Document type: Recognition
Year: 1250
Scribe: Pere Marquès
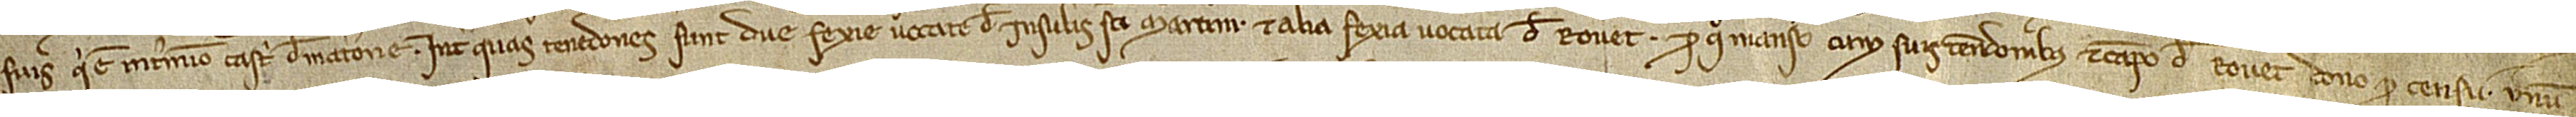
suis, qui est in termino castri de Matarone. Inter quas tenedones sunt due fexie vocate de Insulis Sancti Martini et alia fexia vocata de Rovet. Pro quo manso cum suis tenedonibus et campo de Rovet dono pro censu unum